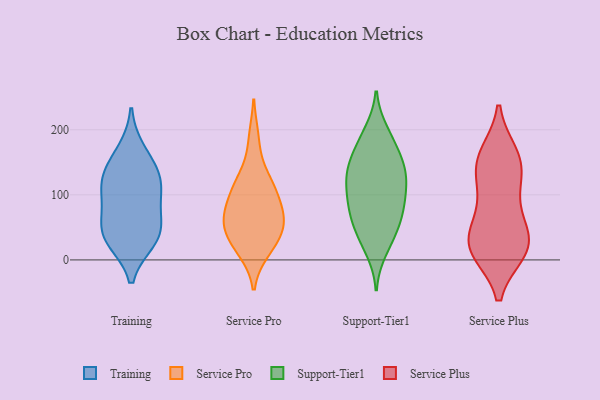
{"axis": {"x": "Backlog", "y": "Value"}, "legend": ["Service Plus", "Service Pro", "Support-Tier1", "Training"], "data": [{"x": "", "y": 84, "type": "Training"}, {"x": "", "y": 48, "type": "Training"}, {"x": "", "y": 30, "type": "Training"}, {"x": "", "y": 125, "type": "Training"}, {"x": "", "y": 168, "type": "Training"}, {"x": "", "y": 124, "type": "Training"}, {"x": "", "y": 31, "type": "Training"}, {"x": "", "y": 46, "type": "Training"}, {"x": "", "y": 136, "type": "Training"}, {"x": "", "y": 97, "type": "Training"}, {"x": "", "y": 186, "type": "Service Pro"}, {"x": "", "y": 122, "type": "Service Pro"}, {"x": "", "y": 56, "type": "Service Pro"}, {"x": "", "y": 67, "type": "Service Pro"}, {"x": "", "y": 51, "type": "Service Pro"}, {"x": "", "y": 21, "type": "Service Pro"}, {"x": "", "y": 107, "type": "Service Pro"}, {"x": "", "y": 32, "type": "Service Pro"}, {"x": "", "y": 56, "type": "Service Pro"}, {"x": "", "y": 92, "type": "Service Pro"}, {"x": "", "y": 15, "type": "Service Pro"}, {"x": "", "y": 123, "type": "Service Pro"}, {"x": "", "y": 77, "type": "Service Pro"}, {"x": "", "y": 158, "type": "Support-Tier1"}, {"x": "", "y": 63, "type": "Support-Tier1"}, {"x": "", "y": 81, "type": "Support-Tier1"}, {"x": "", "y": 143, "type": "Support-Tier1"}, {"x": "", "y": 116, "type": "Support-Tier1"}, {"x": "", "y": 15, "type": "Support-Tier1"}, {"x": "", "y": 32, "type": "Support-Tier1"}, {"x": "", "y": 180, "type": "Support-Tier1"}, {"x": "", "y": 197, "type": "Support-Tier1"}, {"x": "", "y": 104, "type": "Support-Tier1"}, {"x": "", "y": 62, "type": "Support-Tier1"}, {"x": "", "y": 132, "type": "Support-Tier1"}, {"x": "", "y": 188, "type": "Support-Tier1"}, {"x": "", "y": 144, "type": "Support-Tier1"}, {"x": "", "y": 88, "type": "Support-Tier1"}, {"x": "", "y": 65, "type": "Support-Tier1"}, {"x": "", "y": 97, "type": "Support-Tier1"}, {"x": "", "y": 125, "type": "Support-Tier1"}, {"x": "", "y": 36, "type": "Support-Tier1"}, {"x": "", "y": 142, "type": "Support-Tier1"}, {"x": "", "y": 88, "type": "Service Plus"}, {"x": "", "y": 19, "type": "Service Plus"}, {"x": "", "y": 14, "type": "Service Plus"}, {"x": "", "y": 149, "type": "Service Plus"}, {"x": "", "y": 17, "type": "Service Plus"}, {"x": "", "y": 156, "type": "Service Plus"}, {"x": "", "y": 143, "type": "Service Plus"}, {"x": "", "y": 64, "type": "Service Plus"}, {"x": "", "y": 161, "type": "Service Plus"}, {"x": "", "y": 35, "type": "Service Plus"}, {"x": "", "y": 19, "type": "Service Plus"}, {"x": "", "y": 117, "type": "Service Plus"}, {"x": "", "y": 26, "type": "Service Plus"}]}